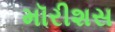
મૉરીશસ